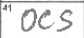
Transcription: OCS